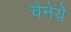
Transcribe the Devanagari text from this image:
चेनेये